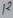
Text: 12